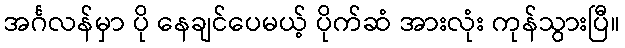
အင်္ဂလန်မှာ ပို နေချင်ပေမယ့် ပိုက်ဆံ အားလုံး ကုန်သွားပြီ။